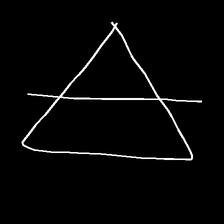
Glyph: empower